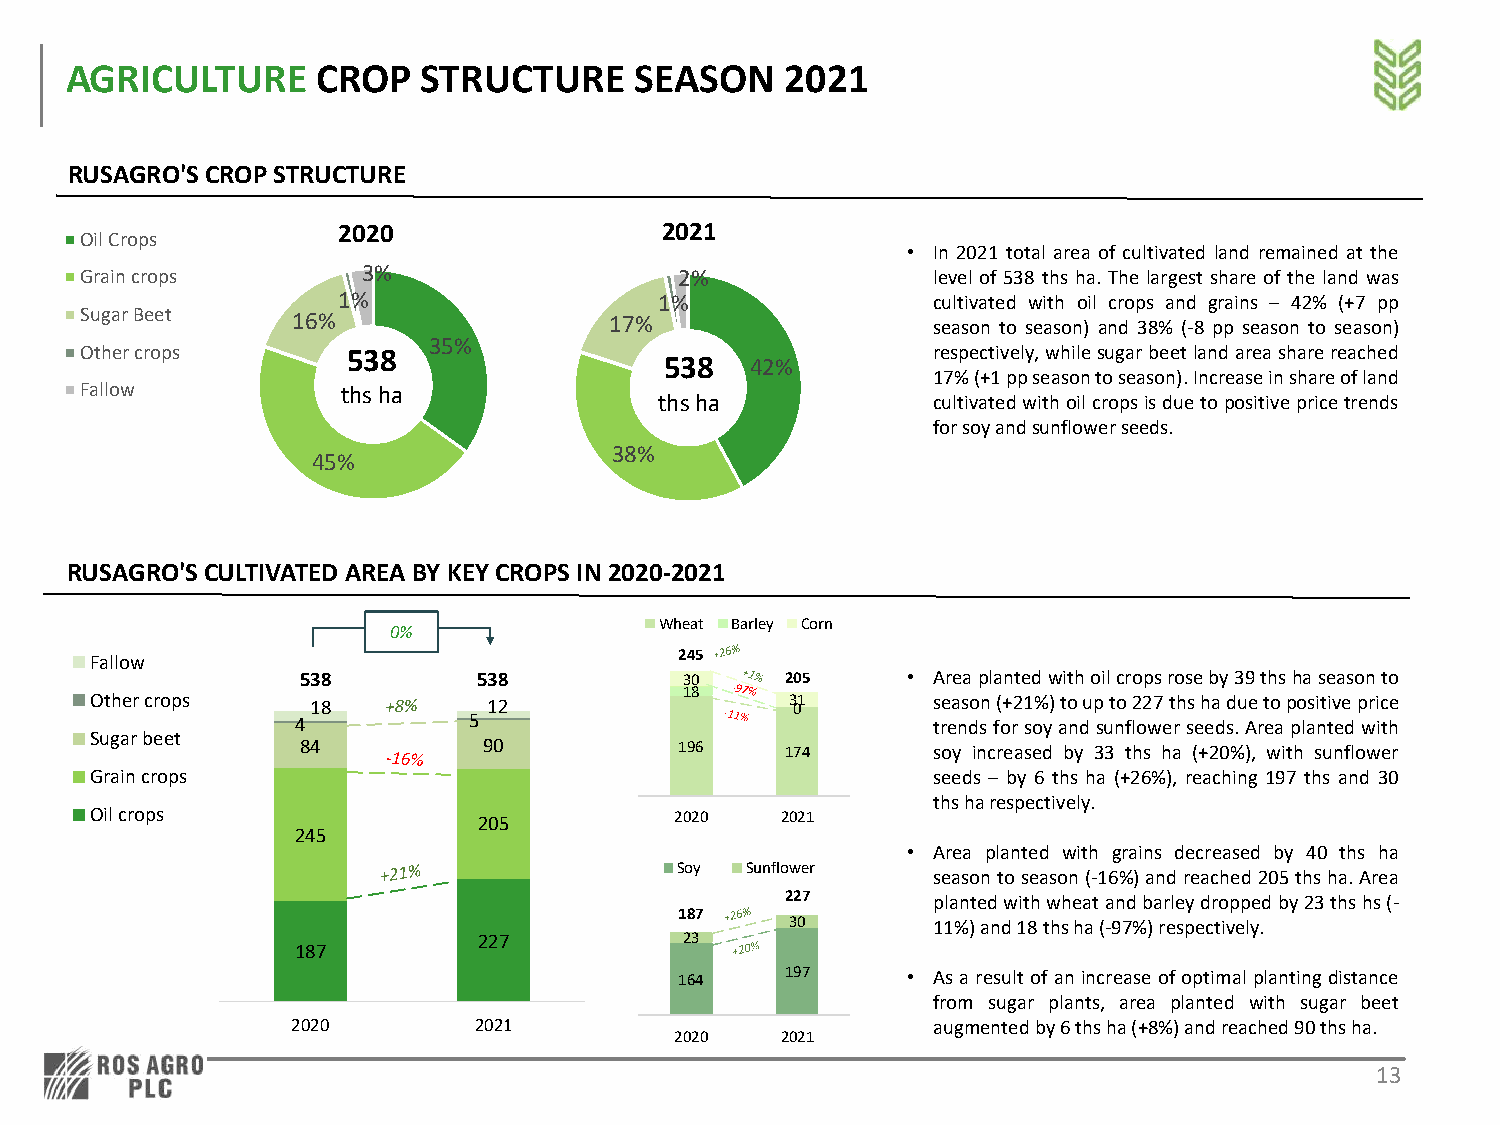
AGRICULTURE      CROP   STRUCTURE     SEASON    2021
 RUSAGRO'SCROP STRUCTURE
 2020                  2021
 Oil Crops
 • In 2021 total area of cultivated land remained at the
 Grain crops        3%                   2%               level of 538 ths ha. The largest share of the land was
 1%                    1%                cultivated with oil crops and grains – 42% (+7 pp
 Sugar Beet    16%                  17%                   season to season) and 38% (-8 pp season to season)
 35%
 Other crops       538                                    respectively,whilesugarbeetlandareasharereached
 538   42%
 17%(+1ppseasontoseason).Increaseinshareofland
 Fallow            thsha
 thsha             cultivatedwithoilcropsisduetopositivepricetrends
 forsoyandsunflowerseeds.
 38%
 45%
 RUSAGRO'SCULTIVATED AREA BYKEY CROPS IN 2020-2021
 Wheat Barley Corn
 0%
 Fallow                                 245
 538         538          30     205     • Areaplantedwithoilcropsroseby39thshaseasonto
 18
 Other crops    18         12                  3 01      season(+21%)toupto227thshaduetopositiveprice
 4          5                              trendsforsoyandsunflowerseeds.Areaplantedwith
 Sugar beet
 84          90           196    174       soy increased by 33 ths ha (+20%), with sunflower
 Grain crops                                             seeds – by 6 ths ha (+26%), reaching 197 ths and 30
 thsharespectively.
 Oil crops                 205          2020   2021
 245
 • Area planted with grains decreased by 40 ths ha
 Soy Sunflower
 seasontoseason(-16%)andreached205thsha.Area
 227       plantedwithwheatandbarleydroppedby23thshs(-
 187
 30        11%)and18thsha(-97%)respectively.
 227          23
 187
 164    197     • Asa result of an increase of optimal planting distance
 from sugar plants, area planted with sugar beet
 2020        2021                           augmentedby6thsha(+8%)andreached90thsha.
 2020   2021
 13